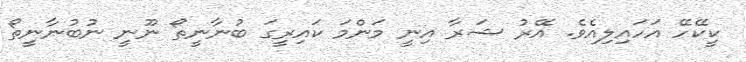
ކީކޭހޭ އަހައިލިއެވެ. އޭރު ޝަރާ އިނީ މަންމަ ކައިރީގަ ބުނާނީތޯ ނޫނީ ނުބުނާނީތޯ